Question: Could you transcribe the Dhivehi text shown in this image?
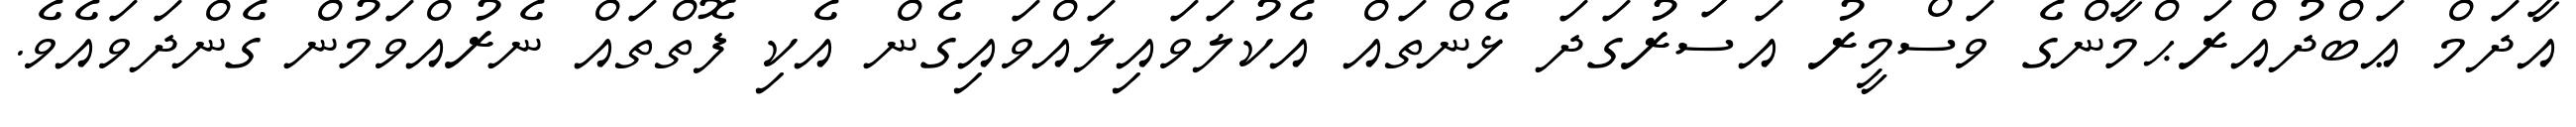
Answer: އާދަމް ޢަބްދުއްރަޙްމާންގެ ވަސްމީރު އަސަރުގަދަ ޅެންތައް އެކުލަވައިލައްވައިގެން އެކި ފޮތްތައް ނެރުއްވަމުން ގެންދަވައެވެ.